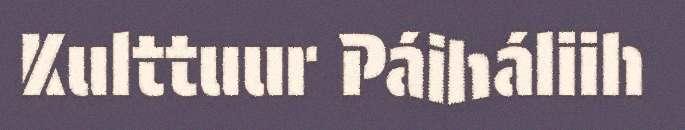
Kulttuur Páiháliih